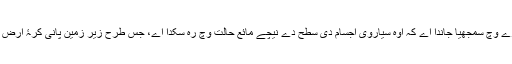
پانی دے بارے وچ سمجھیا جاندا اے کہ اوہ سیاروی اجسام دی سطح دے نیچے مائع حالت وچ رہ سکدا اے، جس طرح زیر زمین پانی کرۂ ارض اُتے ہُندا ا‏‏ے۔